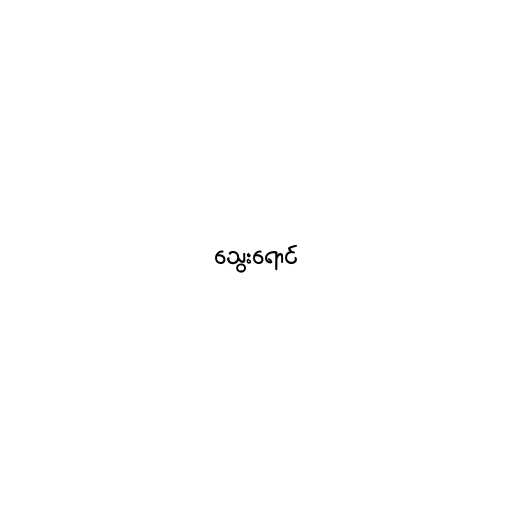
သွေးရောင်